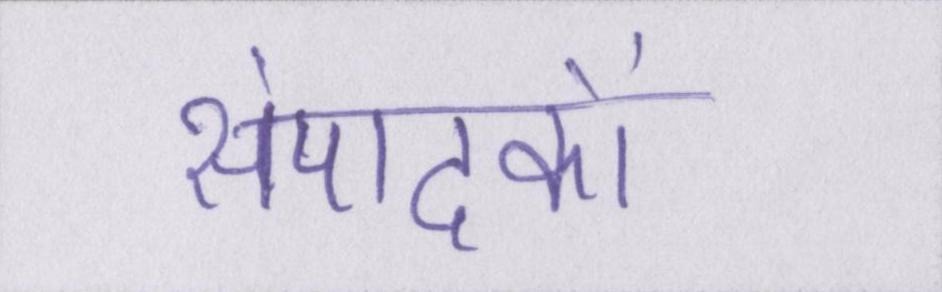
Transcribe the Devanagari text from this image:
संपादकों